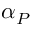
\alpha _ { P }